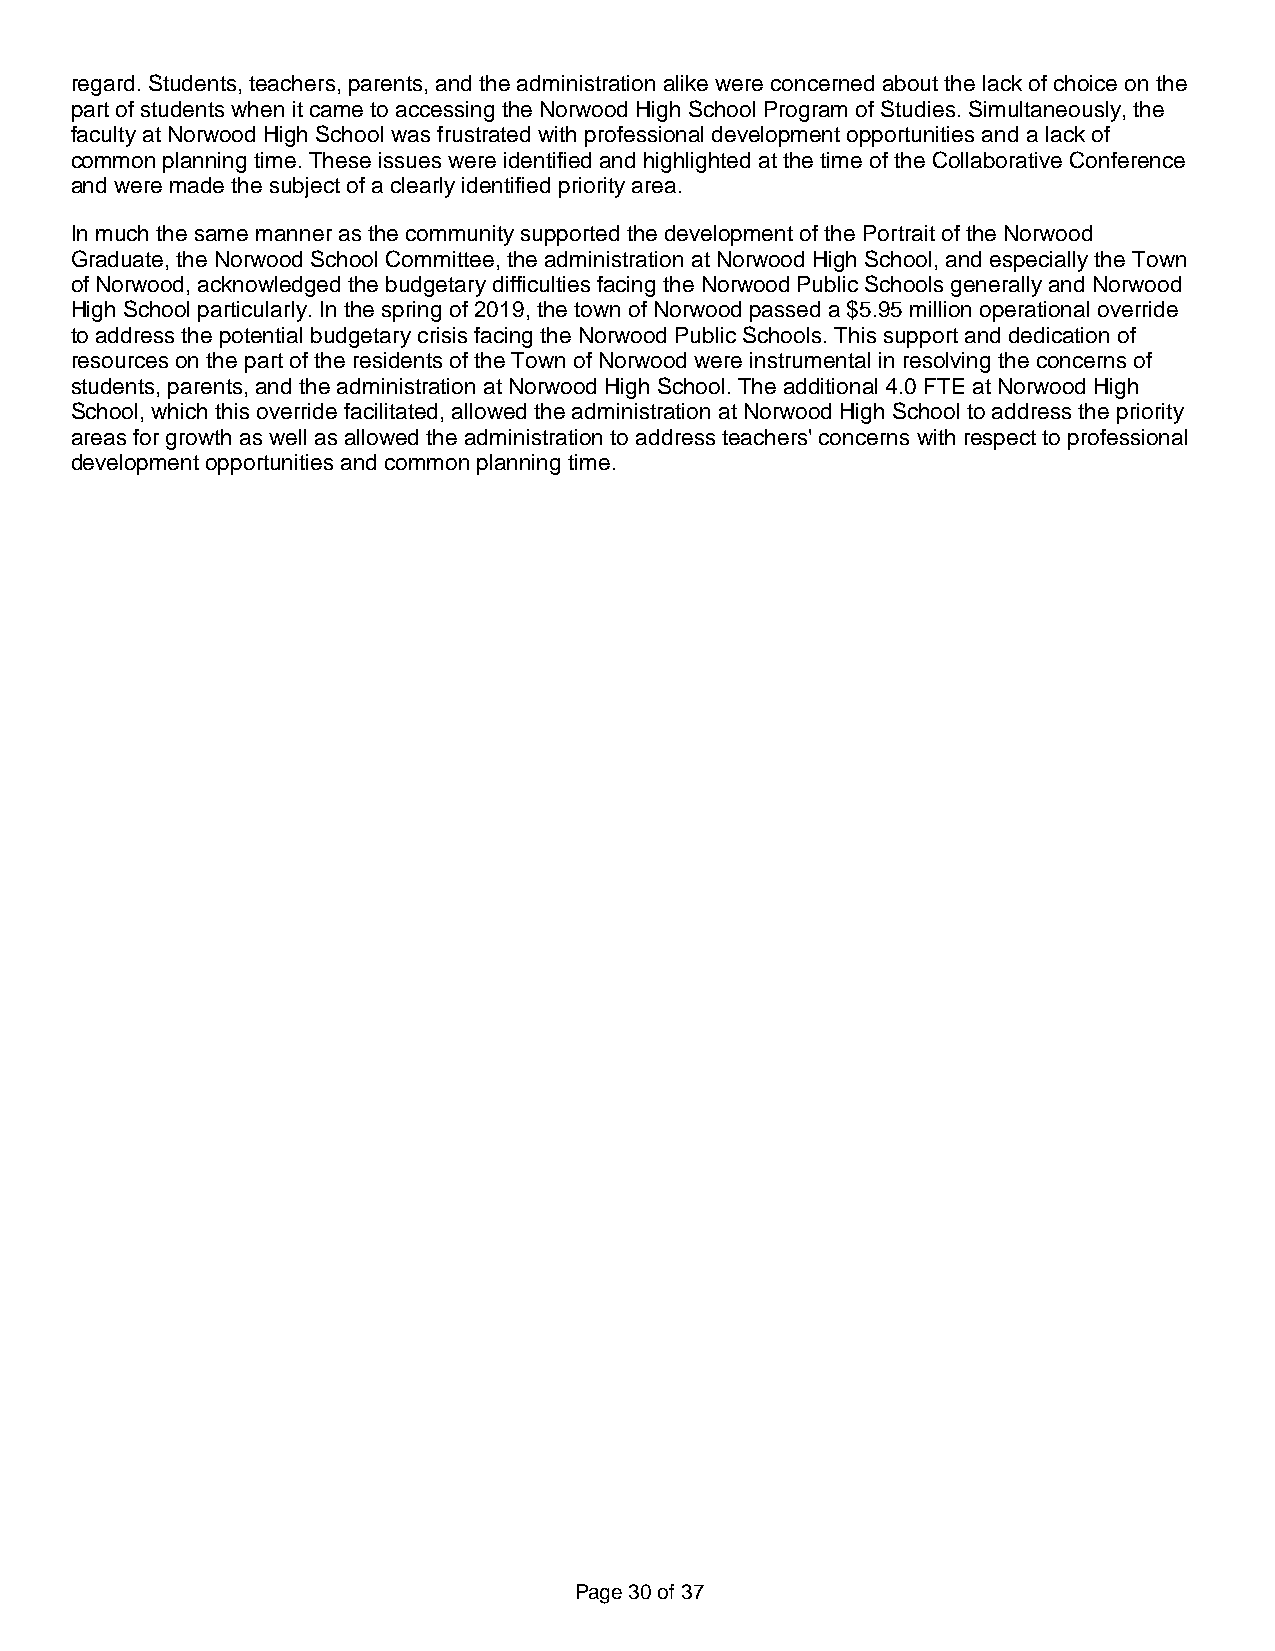
regard. Students, teachers, parents, and the administration alike were concerned about the lack of choice on the
 part of students when it came to accessing the Norwood High School Program of Studies. Simultaneously, the
 faculty at Norwood High School was frustrated with professional development opportunities and a lack of
 common planning time. These issues were identified and highlighted at the time of the Collaborative Conference
 and were made the subject of a clearly identified priority area.
 In much the same manner as the community supported the development of the Portrait of the Norwood
 Graduate, the Norwood School Committee, the administration at Norwood High School, and especially the Town
 of Norwood, acknowledged the budgetary difficulties facing the Norwood Public Schools generally and Norwood
 High School particularly. In the spring of 2019, the town of Norwood passed a $5.95 million operational override
 to address the potential budgetary crisis facing the Norwood Public Schools. This support and dedication of
 resources on the part of the residents of the Town of Norwood were instrumental in resolving the concerns of
 students, parents, and the administration at Norwood High School. The additional 4.0 FTE at Norwood High
 School, which this override facilitated, allowed the administration at Norwood High School to address the priority
 areas for growth as well as allowed the administration to address teachers' concerns with respect to professional
 development opportunities and common planning time.
 Page 30 of 37